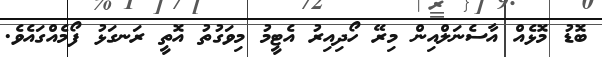
ބޮޑު މޮޅެއް އާސެނަލްއިން މިރޭ ހޯދިއިރު އެޓީމު މިވަގުތު އޮތީ ރަނގަޅު ފޯމެއްގައެވެ.